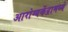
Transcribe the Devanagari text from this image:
आरोग्यकेंद्रामध्ये